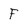
Character: F